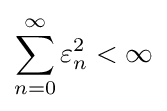
\sum _{n=0}^{\infty }\varepsilon _{n}^{2}<\infty